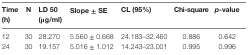
<table><thead><tr><td><b>Time (h)</b></td><td><b>N</b></td><td><b>LD 50 (μg/ml)</b></td><td><b>Slope ± SE</b></td><td><b>CL (95%)</b></td><td><b>Chi-square</b></td><td><b><i>p</i>-value</b></td></tr></thead><tbody><tr><td>12</td><td>30</td><td>28.270</td><td>5.560 ± 0.668</td><td>24.183–32.460</td><td>0.886</td><td>0.642</td></tr><tr><td>24</td><td>30</td><td>19.157</td><td>5.016 ± 1.012</td><td>14.243–23.001</td><td>0.995</td><td>0.996</td></tr></tbody></table>